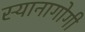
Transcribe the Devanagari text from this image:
स्यानागोगी